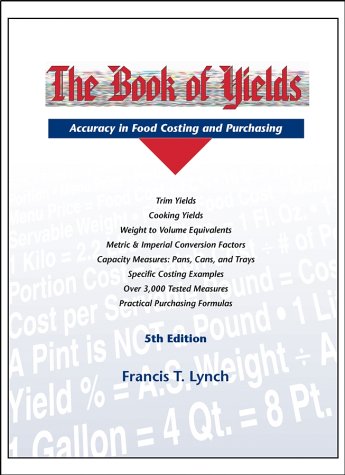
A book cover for The Book of Yields, 5th Edition; Francis T. Lynch; Cookbooks, Food & Wine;